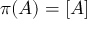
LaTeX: \pi ( A ) = [ A ]